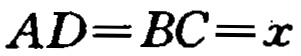
\(AD = BC = x\)